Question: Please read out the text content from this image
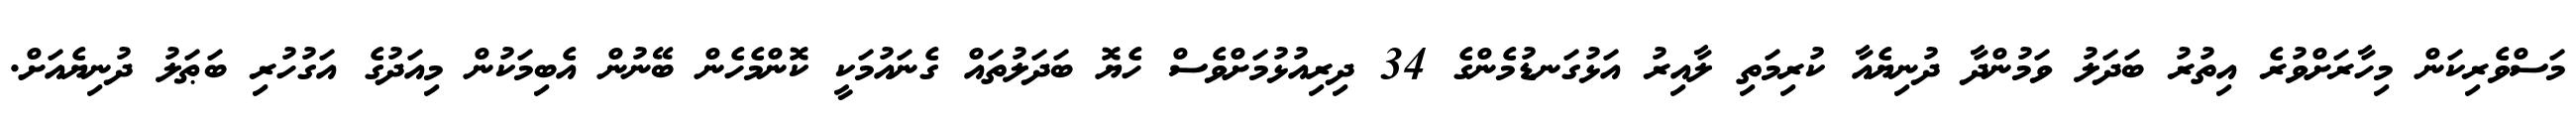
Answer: މަސްވެރިކަން މިހާރަށްވުރެ އިތުރު ބަދަލު ވަމުންދާ ދުނިޔެއާ ކުރިމަތި ލާއިރު އަޅުގަނޑުމެންގެ 34 ދިރިއުޅުމަށްވެސް ހެޔޮ ބަދަލުތައް ގެނައުމަކީ ކޮންމެހެން ބޭނުން އެބިމަކުން މިއަދުގެ އަގުހުރި ބަޠަލު ދުނިޔެއަށް.